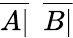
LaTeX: {\overline{{A|}}}\ \ {\overline{{B|}}}